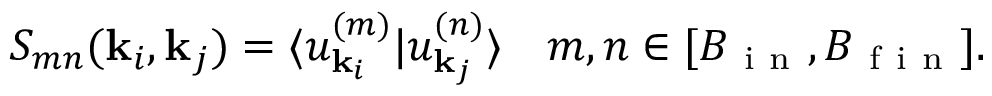
S _ { m n } ( \mathbf { k } _ { i } , \mathbf { k } _ { j } ) = \langle u _ { \mathbf { k } _ { i } } ^ { ( m ) } | u _ { \mathbf { k } _ { j } } ^ { ( n ) } \rangle \quad m , n \in [ B _ { \mathrm { ~ i ~ n ~ } } , B _ { \mathrm { ~ f ~ i ~ n ~ } } ] .